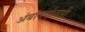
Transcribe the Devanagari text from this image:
अंबाबाईलाही